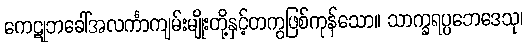
ကေဋုဘခေါ်အလင်္ကာကျမ်းမျိုးတို့နှင့်တကွဖြစ်ကုန်သော။ သာက္ခရပ္ပဘေဒေသု၊